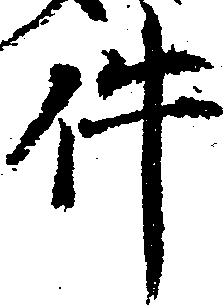
件